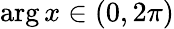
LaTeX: \arg x\in(0,2\pi)